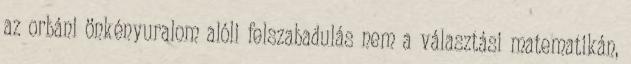
az orbáni önkényuralom alóli felszabadulás nem a választási matematikán,